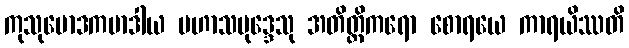
ကုသုမောဒကမာဒါယ မဟာသမုဒ္ဒေသု အတိတ္တိကရော စောရယေ ကာရယိဿတိ